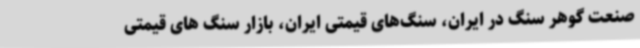
صنعت گوهر سنگ در ایران، سنگ‌های قیمتی ایران، بازار سنگ های قیمتی